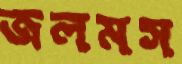
জলমস